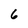
Character: 6